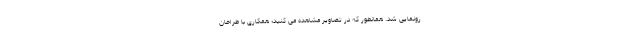
رونمایی شد. همانطور که در تصاویر مشاهده می کنید؛ همکاری با طراحان